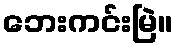
ဘေးကင်းမြဲ။